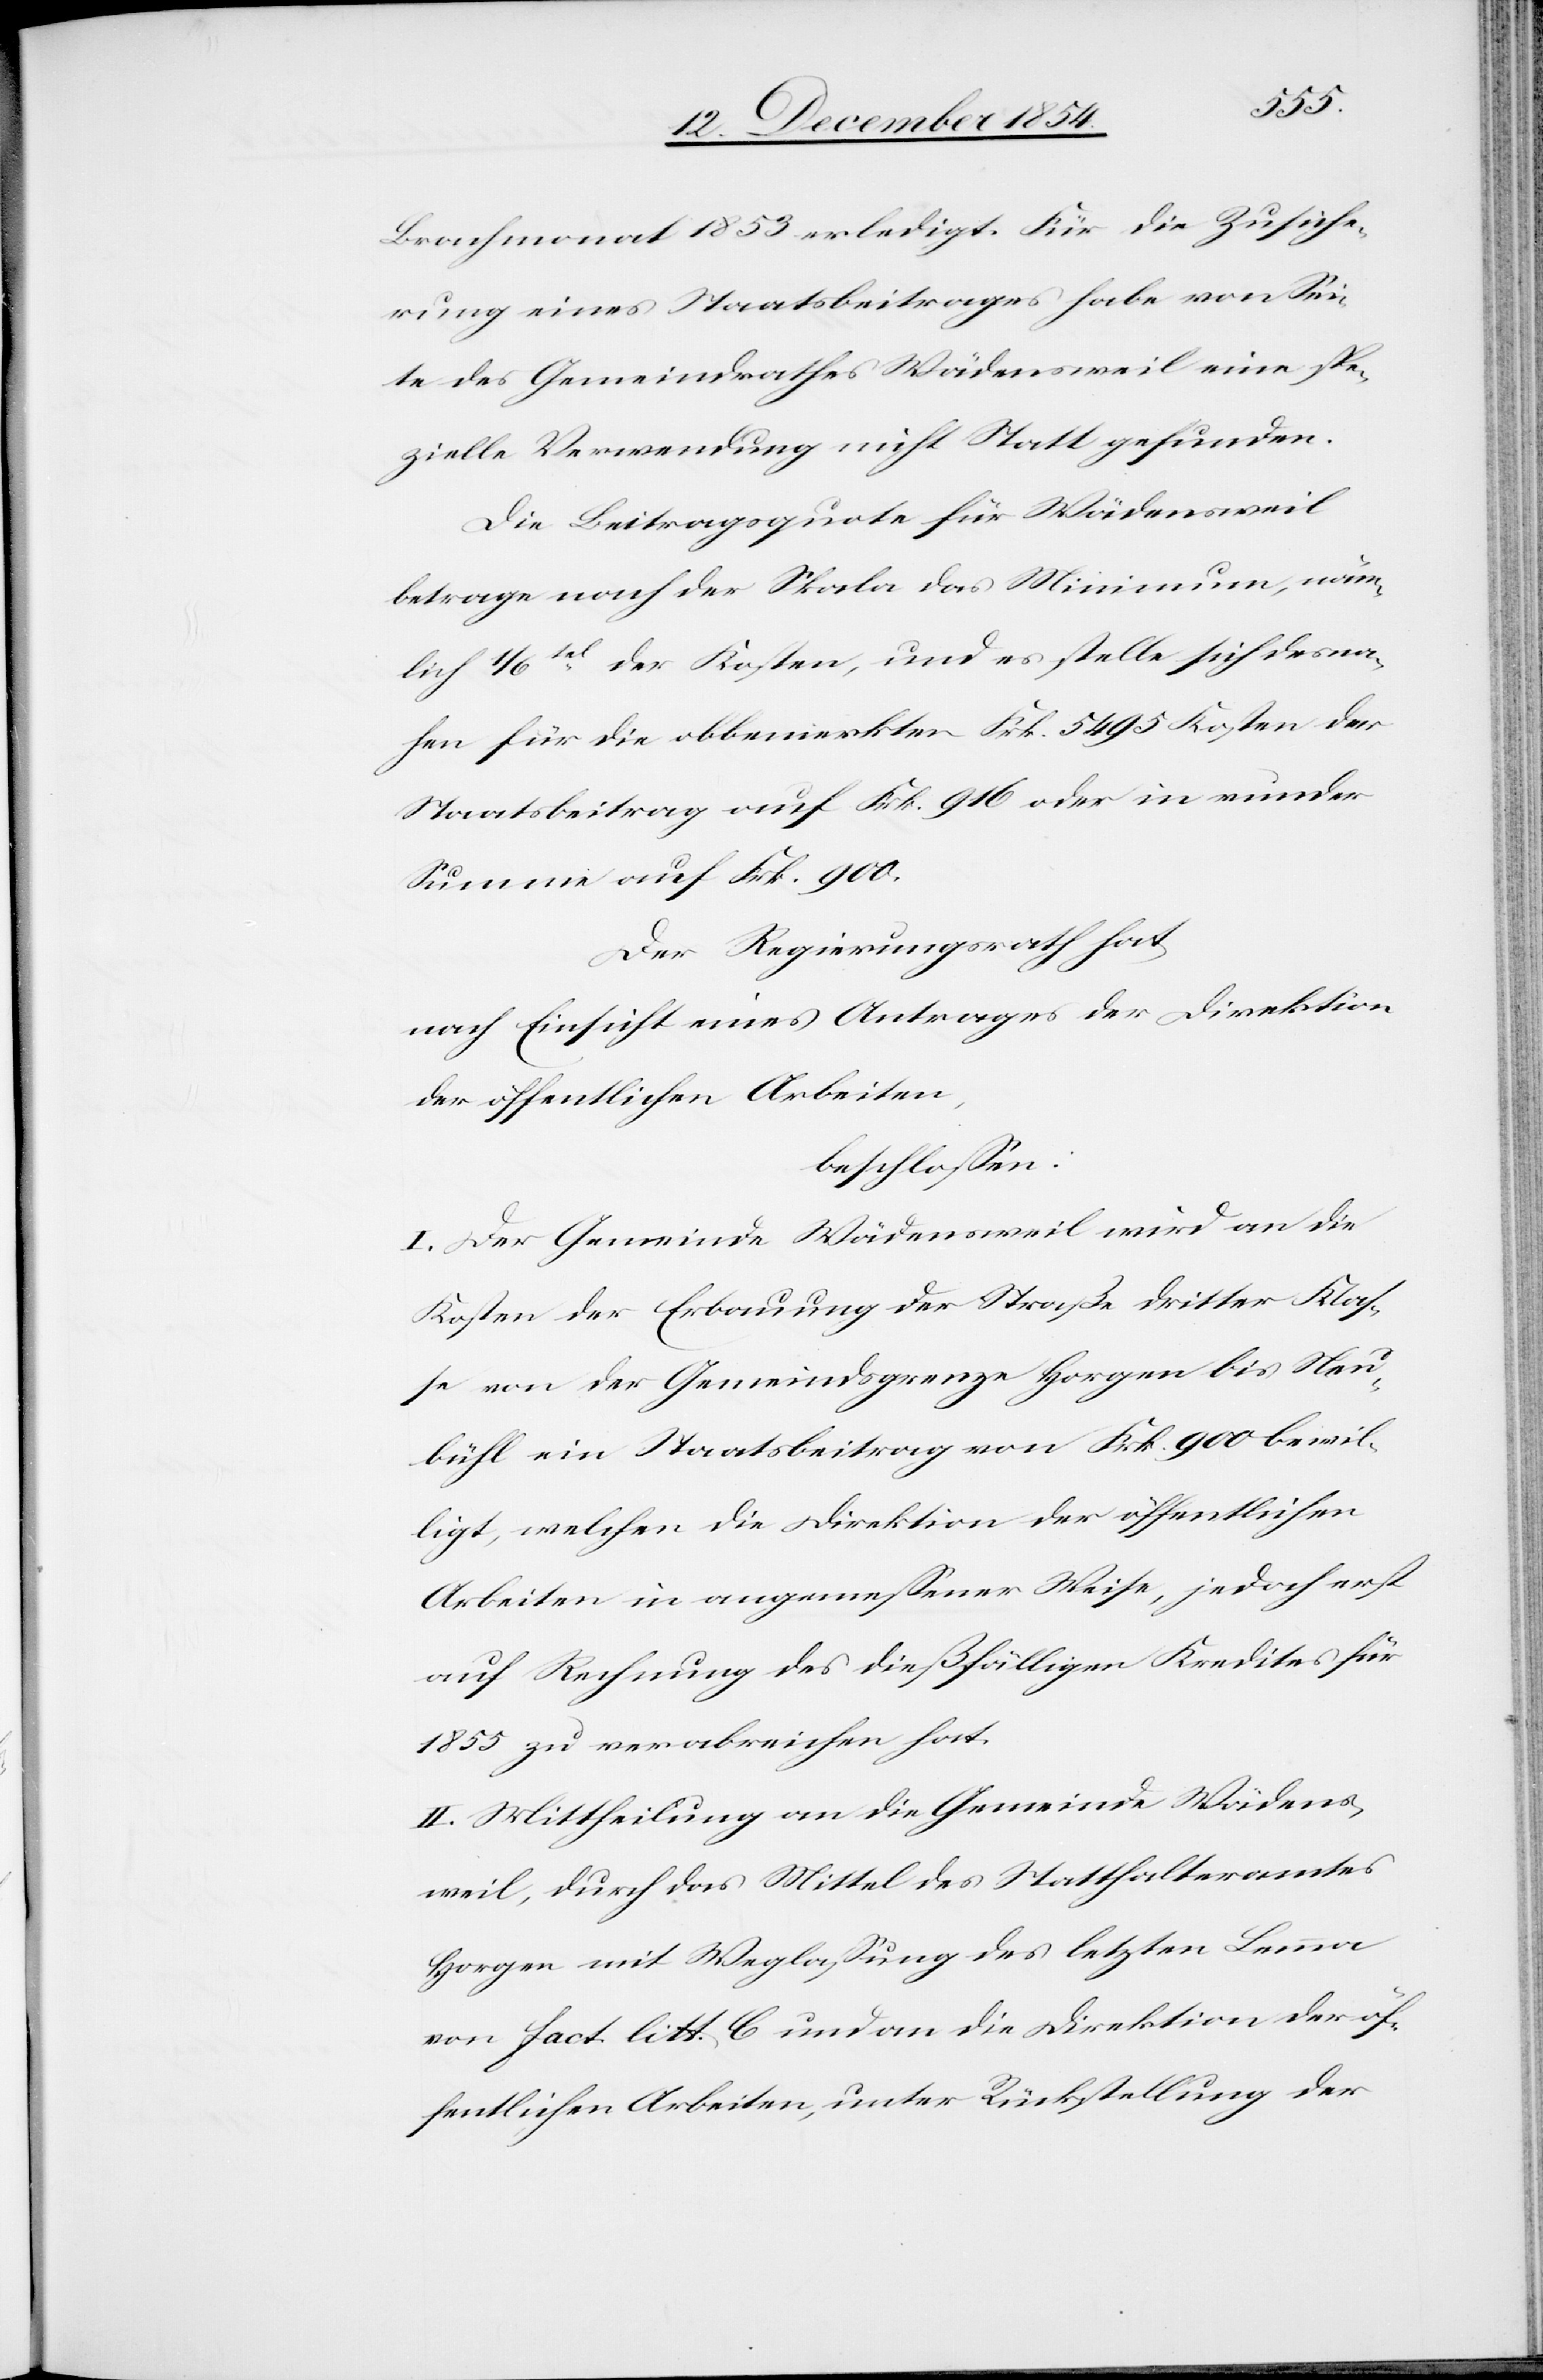
Brachmonat 1853 erledigt. Für die Zusiche¬
rung eines Staatsbeitrages habe von Sei¬
te des Gemeindrathes Wädensweil eine spe¬
zielle Verwendung nicht Statt gefunden.
Die Beitragsquote für Wädensweil
betrage nach der Skala das Minimum, näm¬
lich 1/6tel der Kosten, und es stelle sich desna¬
hen für die obbemerkten Frk. 5495 Kosten der
Staatsbeitrag auf Frk. 916 oder in runder
Summe auf Frk. 900.
Der Regierungsrath hat
nach Einsicht eines Antrages der Direktion
der öffentlichen Arbeiten,
beschloßen:
I. Der Gemeinde Wädensweil wird an die
Kosten der Erbauung der Straße dritter Klaß¬
e von der Gemeindsgrenze Horgen bis Neu¬
bühl ein Staatsbeitrag von Frk. 900 bewil¬
ligt, welchen die Direktion der öffentlichen
Arbeiten in angemeßener Weise, jedoch erst
auf Rechnung des dießfälligen Kredites für
1855 zu verabreichen hat.
II. Mittheilung an die Gemeinde Wädens¬
weil, durch das Mittel des Statthalteramtes
Horgen mit Weglaßung des letzten Lemma
von fact. litt. C und an die Direktion der öf¬
fentlichen Arbeiten, unter Rückstellung der